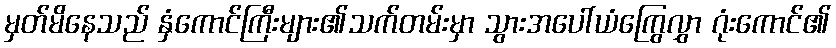
မှတ်မိနေသည် နှံကောင်ကြီးများ၏သက်တမ်းမှာ သွားအပေါ်ယံကြွေလွှာ ဂုံးကောင်၏